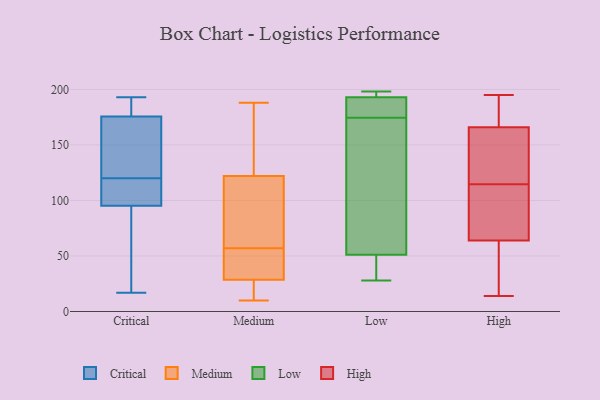
{"axis": {"x": "Backlog", "y": "Value"}, "legend": ["Critical", "High", "Low", "Medium"], "data": [{"x": "", "y": 159, "type": "Critical"}, {"x": "", "y": 191, "type": "Critical"}, {"x": "", "y": 80, "type": "Critical"}, {"x": "", "y": 17, "type": "Critical"}, {"x": "", "y": 124, "type": "Critical"}, {"x": "", "y": 120, "type": "Critical"}, {"x": "", "y": 157, "type": "Critical"}, {"x": "", "y": 181, "type": "Critical"}, {"x": "", "y": 25, "type": "Critical"}, {"x": "", "y": 193, "type": "Critical"}, {"x": "", "y": 184, "type": "Critical"}, {"x": "", "y": 114, "type": "Critical"}, {"x": "", "y": 120, "type": "Critical"}, {"x": "", "y": 119, "type": "Critical"}, {"x": "", "y": 89, "type": "Critical"}, {"x": "", "y": 101, "type": "Medium"}, {"x": "", "y": 69, "type": "Medium"}, {"x": "", "y": 55, "type": "Medium"}, {"x": "", "y": 124, "type": "Medium"}, {"x": "", "y": 164, "type": "Medium"}, {"x": "", "y": 173, "type": "Medium"}, {"x": "", "y": 16, "type": "Medium"}, {"x": "", "y": 120, "type": "Medium"}, {"x": "", "y": 148, "type": "Medium"}, {"x": "", "y": 37, "type": "Medium"}, {"x": "", "y": 19, "type": "Medium"}, {"x": "", "y": 59, "type": "Medium"}, {"x": "", "y": 52, "type": "Medium"}, {"x": "", "y": 28, "type": "Medium"}, {"x": "", "y": 12, "type": "Medium"}, {"x": "", "y": 188, "type": "Medium"}, {"x": "", "y": 10, "type": "Medium"}, {"x": "", "y": 73, "type": "Medium"}, {"x": "", "y": 29, "type": "Medium"}, {"x": "", "y": 32, "type": "Medium"}, {"x": "", "y": 193, "type": "Low"}, {"x": "", "y": 35, "type": "Low"}, {"x": "", "y": 184, "type": "Low"}, {"x": "", "y": 165, "type": "Low"}, {"x": "", "y": 51, "type": "Low"}, {"x": "", "y": 198, "type": "Low"}, {"x": "", "y": 193, "type": "Low"}, {"x": "", "y": 28, "type": "Low"}, {"x": "", "y": 188, "type": "Low"}, {"x": "", "y": 157, "type": "Low"}, {"x": "", "y": 147, "type": "High"}, {"x": "", "y": 166, "type": "High"}, {"x": "", "y": 195, "type": "High"}, {"x": "", "y": 14, "type": "High"}, {"x": "", "y": 122, "type": "High"}, {"x": "", "y": 64, "type": "High"}, {"x": "", "y": 190, "type": "High"}, {"x": "", "y": 28, "type": "High"}, {"x": "", "y": 21, "type": "High"}, {"x": "", "y": 194, "type": "High"}, {"x": "", "y": 155, "type": "High"}, {"x": "", "y": 67, "type": "High"}, {"x": "", "y": 107, "type": "High"}, {"x": "", "y": 67, "type": "High"}]}